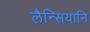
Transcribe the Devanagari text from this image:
लैन्सियानि